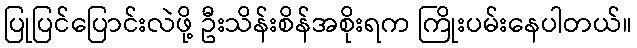
ပြုပြင်ပြောင်းလဲဖို့ ဦးသိန်းစိန်အစိုးရက ကြိုးပမ်းနေပါတယ်။